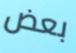
بعض